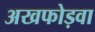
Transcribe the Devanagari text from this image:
अखफोड़वा